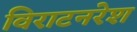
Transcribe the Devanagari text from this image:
विराटनरेश